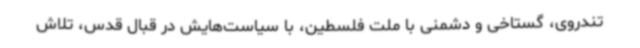
تندروی، گستاخی و دشمنی با ملت فلسطین، با سیاست‌هایش در قبال قدس، تلاش‌